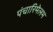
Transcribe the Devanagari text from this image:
पंचारिमेलम